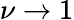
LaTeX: \nu\to 1